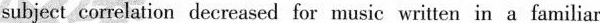
subject correlation decreased for music written in a familiar